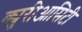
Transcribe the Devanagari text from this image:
क्युरीआसिटी